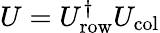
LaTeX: U=U_{\mathrm{row}}^{\dagger}U_{\mathrm{col}}